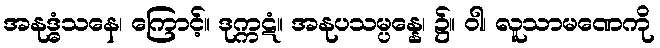
အနုဒ္ဓံသနေ၊ ကြောင့်။ ဒုက္ကဋံ။ အနုပသမ္ပန္နေ၊ ၌။ ဝါ၊ လူသာမဏေကို